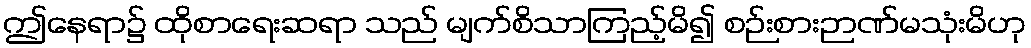
ဤနေရာ၌ ထိုစာရေးဆရာ သည် မျက်စိသာကြည့်မိ၍ စဉ်းစားဉာဏ်မသုံးမိဟု